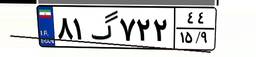
۸۳گ۳۶۵۶۵